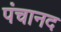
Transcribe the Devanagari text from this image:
पंचानद